Indian journal of veterinary science and animal husbandry - Volume 8,
Year: 1938
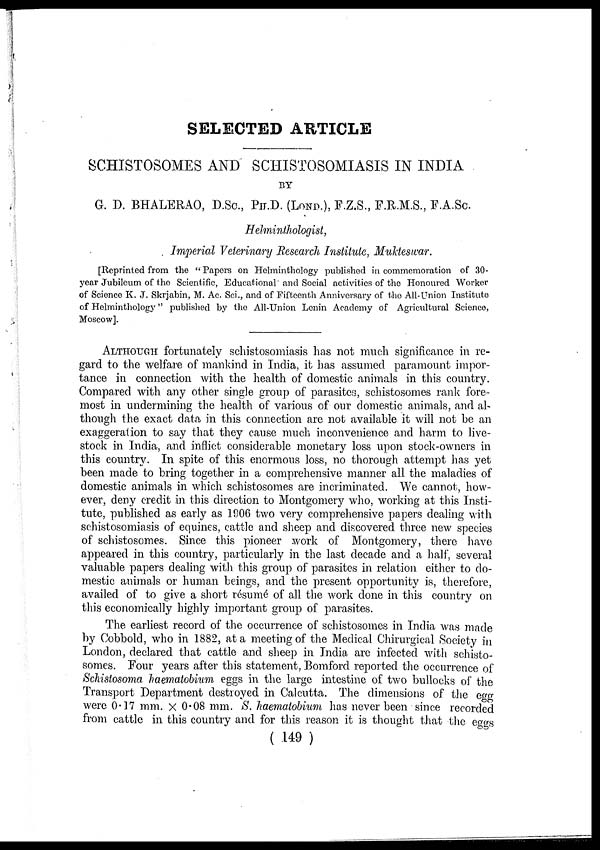
SELECTED ARTICLE
SCHISTOSOMES AND SCHISTOSOMIASIS IN INDIA
BY
G. D. BHALERAO, D.Sc., PH.D. (LOND.), F.Z.S., F.R.M.S., F.A.Sc.
Helminthologist,
Imperial Veterinary Research Institute, Mukteswar.
[Reprinted from the " Papers on Helminthology published in commemoration of 30-
year Jubileum of the Scientific, Educational and Social activities of the Honoured Worker
of Science K. J. Skrjabin, M. Ac. Sci., and of Fifteenth Anniversary of the All-Union Institute
of Helminthology" published by the All-Union Lenin Academy of Agricultural Science,
Moscow].
ALTHOUGH fortunately schistosomiasis has not much significance in re-
gard to the welfare of mankind in India, it has assumed paramount impor-
tance in connection with the health of domestic animals in this country.
Compared with any other single group of parasites, schistosomes rank fore-
most in undermining the health of various of our domestic animals, and al-
though the exact data in this connection are not available it will not be an
exaggeration to say that they cause much inconvenience and harm to live-
stock in India, and inflict considerable monetary loss upon stock-owners in
this country. In spite of this enormous loss, no thorough attempt has yet
been made to bring together in a comprehensive manner all the maladies of
domestic animals in which schistosomes are incriminated. We cannot, how-
ever, deny credit in this direction to Montgomery who, working at this Insti-
tute, published as early as 1906 two very comprehensive papers dealing with
schistosomiasis of equines, cattle and sheep and discovered three new species
of schistosomes. Since this pioneer work of Montgomery, there have
appeared in this country, particularly in the last decade and a half, several
valuable papers dealing with this group of parasites in relation either to do-
mestic animals or human beings, and the present opportunity is, therefore,
availed of to give a short résumé of all the work done in this country on
this economically highly important group of parasites.
The earliest record of the occurrence of schistosomes in India was made
by Cobbold, who in 1882, at a meeting of the Medical Chirurgical Society in
London, declared that cattle and sheep in India are infected with schisto-
somes. Four years after this statement, Bomford reported the occurrence of
Schistosoma haematobium eggs in the large intestine of two bullocks of the
Transport Department destroyed in Calcutta. The dimensions of the egg
were 0.17 mm. × 0.08 mm. S. haematobium has never been since recorded
from cattle in this country and for this reason it is thought that the eggs
( 149 )